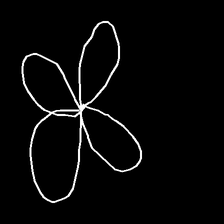
Glyph: billowing